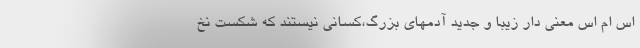
اس ام اس معنی دار زیبا و جدید آدمهای بزرگ،کسانی نیستند که شکست نخ